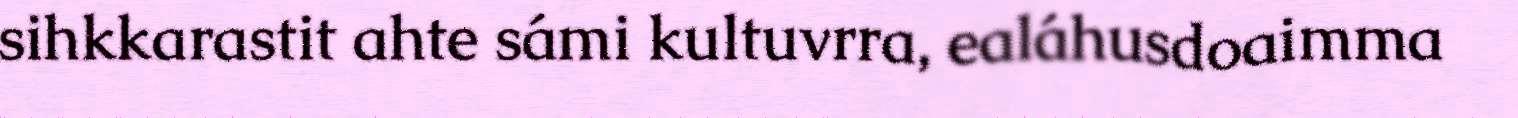
sihkkarastit ahte sámi kultuvrra, ealáhusdoaimma